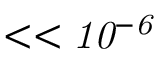
< < \mathit { { 1 0 ^ { - 6 } } }